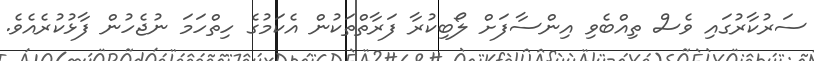
ސަރުކާރުގައި ވެސް ތިއްބެވި އިންސާފަށް ލޯބިކުރާ ފަރާތްތަކުން އެކަމުގެ ހިތްހަމަ ނުޖެހުން ފާޅުކުރެއެވެ.